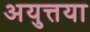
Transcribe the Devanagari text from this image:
अयुत्तया